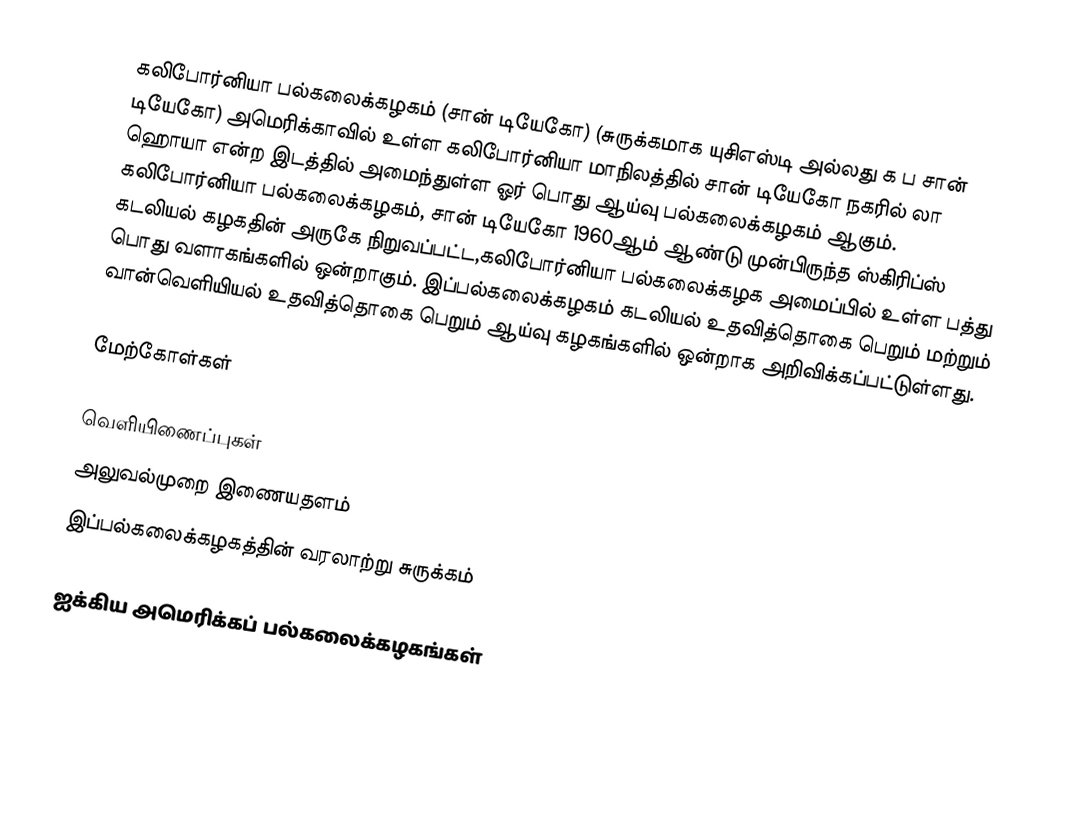
கலிபோர்னியா பல்கலைக்கழகம் (சான் டியேகோ) (சுருக்கமாக யுசிஎஸ்டி அல்லது க ப சான் டியேகோ) அமெரிக்காவில் உள்ள கலிபோர்னியா மாநிலத்தில் சான் டியேகோ நகரில் லா ஹொயா என்ற இடத்தில் அமைந்துள்ள ஓர் பொது ஆய்வு பல்கலைக்கழகம் ஆகும். கலிபோர்னியா பல்கலைக்கழகம், சான் டியேகோ 1960ஆம் ஆண்டு முன்பிருந்த ஸ்கிரிப்ஸ் கடலியல் கழகதின் அருகே நிறுவப்பட்ட,கலிபோர்னியா பல்கலைக்கழக அமைப்பில் உள்ள பத்து பொது வளாகங்களில் ஒன்றாகும். இப்பல்கலைக்கழகம் கடலியல் உதவித்தொகை பெறும் மற்றும் வான்வெளியியல் உதவித்தொகை பெறும் ஆய்வு கழகங்களில் ஒன்றாக அறிவிக்கப்பட்டுள்ளது.

மேற்கோள்கள்

வெளியிணைப்புகள்
 அலுவல்முறை இணையதளம்
 இப்பல்கலைக்கழகத்தின் வரலாற்று சுருக்கம்

ஐக்கிய அமெரிக்கப் பல்கலைக்கழகங்கள்